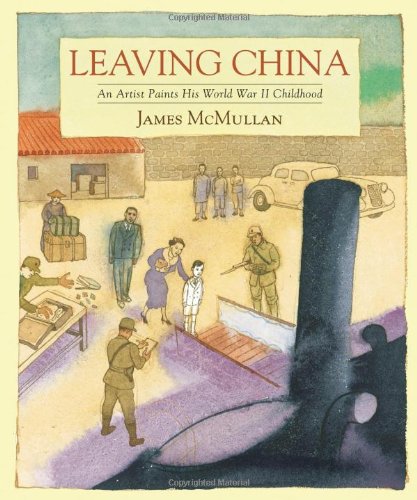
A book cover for Leaving China: An Artist Paints His World War II Childhood; James McMullan; Teen & Young Adult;